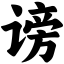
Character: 谤